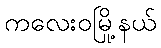
ကလေးဝမြို့နယ်